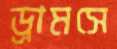
ড্রামসে